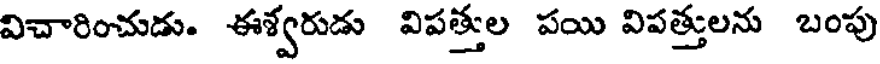
విచారించుడు. ఈశ్వరుడు విపత్తుల పయి విపత్తులను బంపు